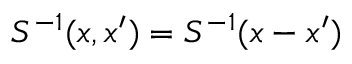
S ^ { - 1 } ( x , x ^ { \prime } ) = S ^ { - 1 } ( x - x ^ { \prime } )